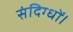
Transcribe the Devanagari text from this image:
संदिग्धों।